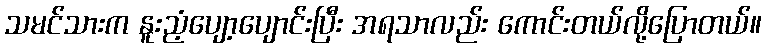
သမင်သားက နူးညံ့ပျော့ပျောင်းပြီး အရသာလည်း ကောင်းတယ်လို့ပြောတယ်။